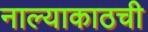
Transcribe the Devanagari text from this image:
नाल्याकाठची